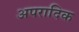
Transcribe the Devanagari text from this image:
अपरादिक